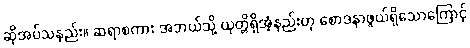
ဆိုအပ်သနည်း။ ဆရာစကား အဘယ်သို့ ယုတ္တိရှိအံ့နည်းဟု စောဒနာဖွယ်ရှိသောကြောင့်